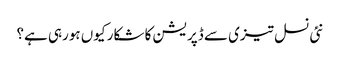
نئی نسل تیزی سے ڈپریشن کا شکار کیوں ہورہی ہے؟